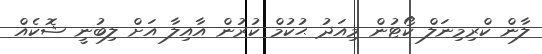
ލާން ކްރިމިނަލް ކޯޓުން މިއަދު ޙުކުމް ކުރުން އާއިލާ އަށް ލިބުނީ ޝޮކެއް